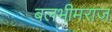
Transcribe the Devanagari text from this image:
बलभीमराज